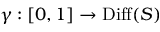
\gamma : [ 0 , 1 ] \to \operatorname { D i f f } ( S )